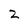
Character: z